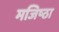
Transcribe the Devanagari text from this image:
मजिष्‍ठा